Insane asylums in Bengal annual reports 1876-1887 - 1876-1887
Year: 1876
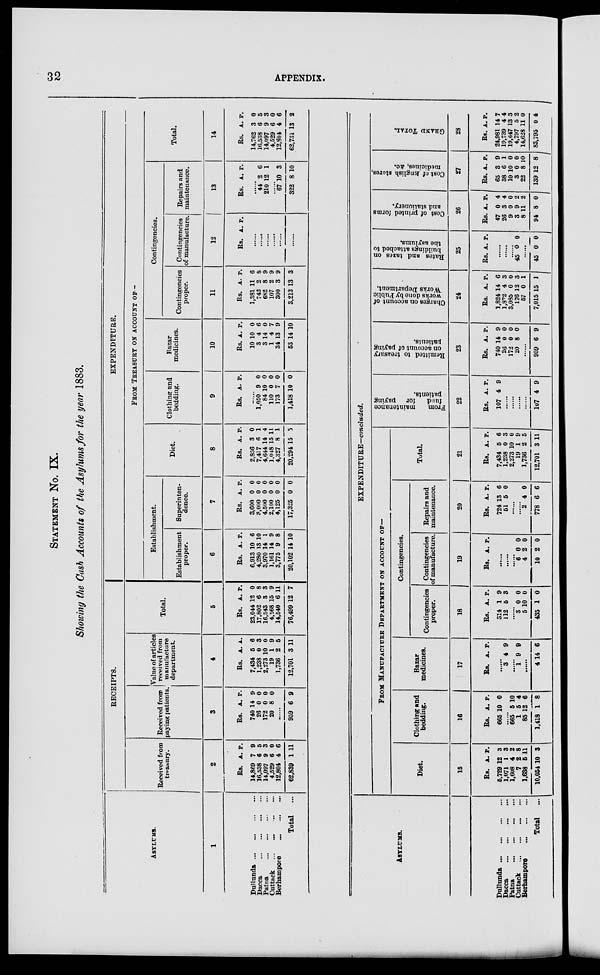
32
APPENDIX.
STATEMENT NO. IX.
Showing the Cash Accounts of the Asylums for the pear 1883.
ASYLUMS.
1
Dullunda
...
...
...
...
Dacca
...
...
...
...
Patna
...
...
...
...
Cuttack
...
...
...
...
Berhampore
...
...
...
Total ...
RECEIPTS.
Received from
treasury.
2
Rs.
14,869
16,538
14,097
4,529
12,804
62,839
A.
7
6
9
6
4
1
P.
9
5
3
0
6
11
Received from
paying patients.
3
Rs.
740
26
172
20
A.
14
0
0
8
P.
9
0
0
0
......
959 6 9
Value of articles
received from
manufacture
department.
4
Rs.
7,434
1,238
2,273
19
1,736
12,701
A.
5
0
10
1
2
3
P.
6
3
0
9
5
11
Total.
5
Rs.
23,044
17,802
16,543
4,568
14,540
76,499
A.
12
6
3
15
6
12
P.
0
8
3
9
11
7
EXPENDITURE.
FROM TREASURY ON ACCOUNT OF¬
Establishment.
Establishment
proper.
6
Rs.
6,913
4,280
3,970
1,161
3,775
20,102
A.
10
13
14
14
9
14
P.
6
10
1
9
8
10
Superinten-
dence.
7
Rs.
3,600
3,000
4,500
2,100
4,125
17,325
A.
0
0
0
0
0
0
P.
0
0
0
0
0
0
Diet.
8
Rs.
2,856
7,417
4,644
1,048
4,327
20,294
A.
3
6
14
15
8
15
P.
0
1
4
11
1
5
Clothing and
bedding.
9
Rs. A. P.
......
1,050
84
110
173
1,418
9
10
0
7
10
0
0
0
0
0
Bazar
medicines.
10
Rs.
10
3
3
1
34
53
A.
10
4
14
4
13
14
P.
0
6
0
7
9
10
Contingencies.
Contingencies
proper.
11
Rs.
1,381
742
682
107
300
3,213
A.
11
2
8
2
3
13
P.
6
6
9
9
9
3
Contingencies
of manufacture.
12
Rs. A. P.
......
......
......
......
......
......
Repairs and
maintenance.
13
Rs. A. P.
.......
44
210
2
12
6
1
......
67
322
10
8
3
10
Total.
14
Rs.
14,762
16,538
14,097
4,529
12,804
62,731
A.
3
6
9
6
4
13
P.
0
5
3
0 6
2
ASYLUMS.
Dullunda
...
...
...
...
Dacca
...
...
...
...
Patna
...
...
...
...
Cuttack
...
...
...
...
Berhampore
...
...
...
Total
...
EXPENDITURE––concluded.
FROM MANUFACTURE DEPARTMENT ON ACCOUNT OF¬
Diet.
15
Rs.
5,729
1,071
1,608
7
1,638
10,054
A.
12
1
4
2
5
10
P.
3
3
2
8
11
3
Clothing and
bedding.
16
Rs.
665
A.
10
P.
0
......
665
1
85
1,418
5
5
12
1
10
4
6
8
Bazar
medicines.
17
Rs. A. P.
......
3 4 9
......
1 9 9
......
4 14 6
Contingencies.
Contingencies
proper.
18
Rs.
314
112
A.
1
5
P.
9
3
......
3
5
435
0
10
1
0
0
0
Contingencies
of manufacture.
19
Rs. A. P.
......
......
......
6
4
10
0
2
2
0
0
0
Repairs and
maintenance.
20
Rs.
724
51
A.
13
5
P.
6
0
......
......
2
778
4
6
0
6
Total.
21
Rs.
7,434
1,238
2,273
19
1,736
12,701
A.
5
0
10
1
2
3
P.
6
3
0
9
5
11
From
maintenance
fund
for paying
patients.
22
Rs.
107
A.
4
P.
9
......
......
......
......
107 4 9
Remitted to treasury
on account of paying
patients.
23
Rs.
740
26
172
20
A.
14
0
0
8
P.
9
0
0
0
......
959 6 9
Charges on account of
works done by Public
"Works Department.
24
Rs.
1,824
1,872
3,085
176
57
7,015
A.
14
4
0
12
0
15
P.
6
3
0
3
1
1
Rates and taxes on
buildings attached to
the asylums.
25
Rs. A. P.
......
......
......
45 0 0
......
45 0 0
Cost of printed forms
and stationery.
26
Rs.
47
26
9
3
8
94
A.
0
3
0
9
11
8
P.
4
4
0
2
2
0
Cost of English stores,
medicines, &c.
27
Rs.
65
38
10
3
22
139
A.
3
6
10
0
8
12
P.
9
1
0
0
10
8
GRAND TOTAL.
28
Rs.
24,981
19,739
19,647
4,797
14,628
83,795
A.
14
4
13
5
11
0
P.
7
4
3
2
0
4